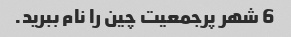
6 شهر پرجمعیت چین را نام ببرید.